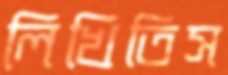
লিখিতিস